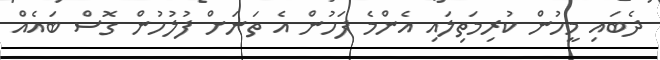
ދެބައި މީހުން ކުރިމަތިލައި އެންމެ ފަހުން އެ ތަނަށް ފުލުހުން ގޮސް ބައެއް